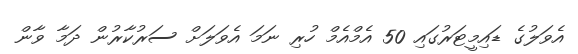
އެވަލުގެ ޑައިމީޓަރުގައި 50 އެމްއެމް ހުރި ނަމަ އެވަލަށް ސަރުކާރުން ދަމާ ވާން